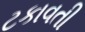
ટકાવતી